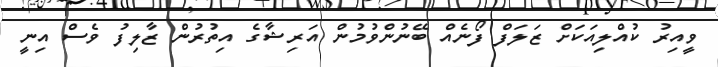
ވީއިރު ކުއްލިއަކަށް ޒަލަފް ފޯނެއް ބޭނުންވުމުން އަރިޝާގެ އިތުރުން ޒާލިފު ވެސް އިނީ